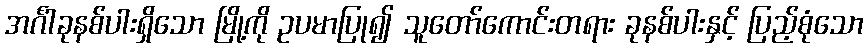
အင်္ဂါခုနစ်ပါးရှိသော မြို့ကို ဥပမာပြု၍ သူတော်ကောင်းတရား ခုနစ်ပါးနှင့် ပြည့်စုံသော